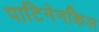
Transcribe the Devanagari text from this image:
पाटिनेनकिल